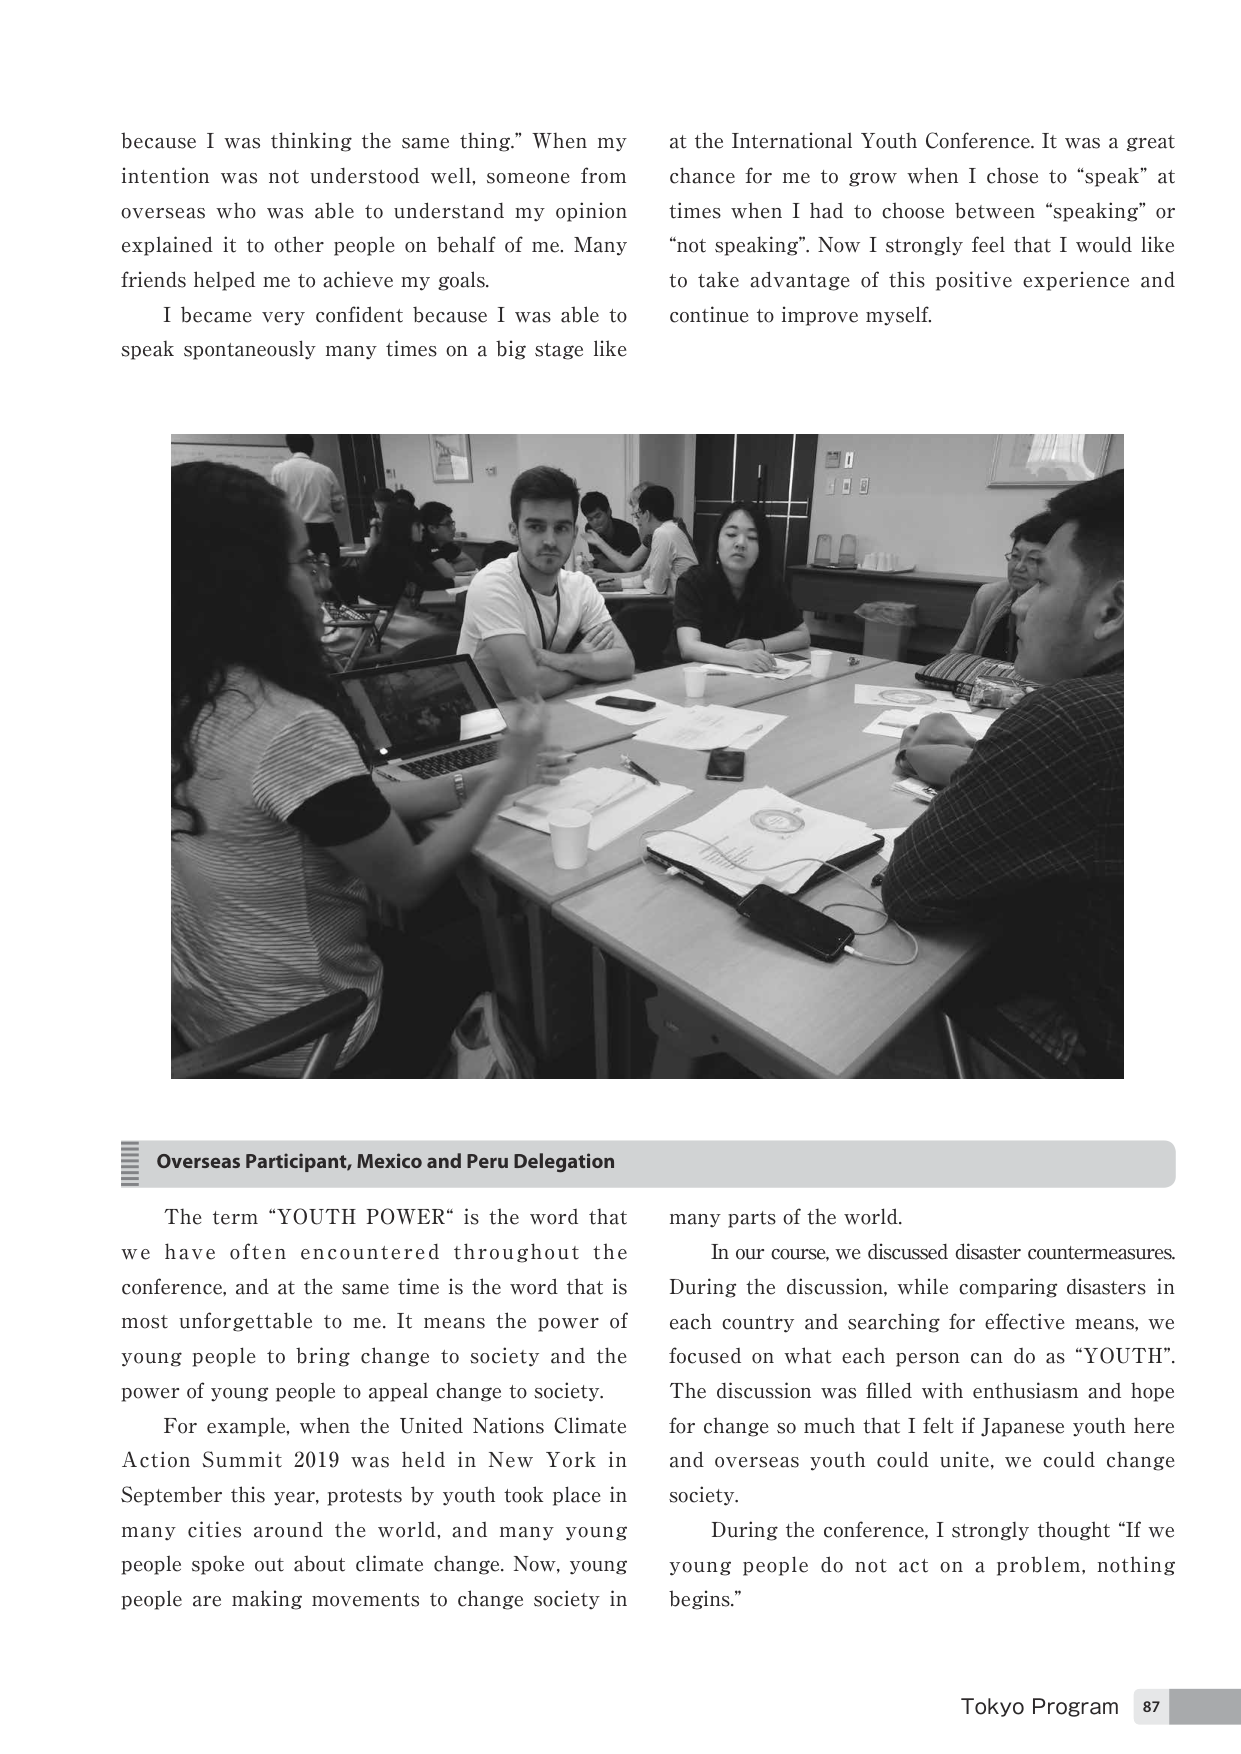
because I was thinking the same thing.” When my intention was not understood well, someone from overseas who was able to understand my opinion explained it to other people on behalf of me. Many friends helped me to achieve my goals.

I became very confident because I was able to speak spontaneously many times on a big stage like at the International Youth Conference. It was a great chance for me to grow when I chose to “speak” at times when I had to choose between “speaking” or “not speaking”. Now I strongly feel that I would like to take advantage of this positive experience and continue to improve myself.

Overseas Participant, Mexico and Peru Delegation

The term “YOUTH POWER” is the word that we have often encountered throughout the conference, and at the same time is the word that is most unforgettable to me. It means the power of young people to bring change to society and the power of young people to appeal change to society.

For example, when the United Nations Climate Action Summit 2019 was held in New York in September this year, protests by youth took place in many cities around the world, and many young people spoke out about climate change. Now, young people are making movements to change society in many parts of the world.

In our course, we discussed disaster countermeasures. During the discussion, while comparing disasters in each country and searching for effective means, we focused on what each person can do as “YOUTH”. The discussion was filled with enthusiasm and hope for change so much that I felt if Japanese youth here and overseas youth could unite, we could change society.

During the conference, I strongly thought “If we young people do not act on a problem, nothing begins.”

Tokyo Program 87